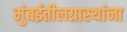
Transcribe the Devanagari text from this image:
मुंबईतीलग्रास्‍थांना